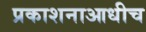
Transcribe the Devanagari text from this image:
प्रकाशनाआधीच